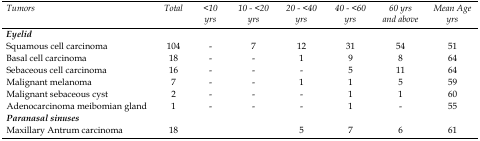
<table><thead><tr><td><b>Tumors</b></td><td><b>Total</b></td><td><b>&lt;10 yrs</b></td><td><b>10 - &lt;20yrs</b></td><td><b>20 - &lt;40 yrs</b></td><td><b>40 - &lt;60 yrs</b></td><td><b>60 yrs and above</b></td><td><b>Mean Age (yrs)</b></td></tr></thead><tbody><tr><td colspan="8"><b><i>Eyelid</i></b></td></tr><tr><td>Squamous cell carcinoma</td><td>104</td><td>-</td><td>7</td><td>12</td><td>31</td><td>54</td><td>51</td></tr><tr><td>Basal cell carcinoma</td><td>18</td><td>-</td><td>-</td><td>1</td><td>9</td><td>8</td><td>64</td></tr><tr><td>Sebaceous cell carcinoma</td><td>16</td><td>-</td><td>-</td><td>-</td><td>5</td><td>11</td><td>64</td></tr><tr><td>Malignant melanoma</td><td>7</td><td>-</td><td>-</td><td>1</td><td>1</td><td>5</td><td>59</td></tr><tr><td>Malignant sebaceous cyst</td><td>2</td><td>-</td><td>-</td><td>-</td><td>1</td><td>1</td><td>60</td></tr><tr><td>Adenocarcinoma meibomian gland</td><td>1</td><td>-</td><td>-</td><td>-</td><td>1</td><td>-</td><td>55</td></tr><tr><td colspan="8"><b><i>Paranasal sinuses</i></b></td></tr><tr><td>Maxillary Antrum carcinoma</td><td>18</td><td></td><td></td><td>5</td><td>7</td><td>6</td><td>61</td></tr></tbody></table>